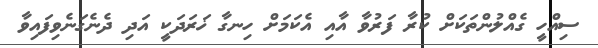
ސިއްހީ ގެއްލުންތަކަށް ކުރާ ފަރުވާ އާއި އެކަމަށް ހިނގާ ޚަރަދަކީ އަދި ދެނެގަނެވިފައިވާ